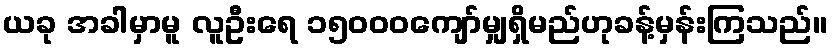
ယခု အခါမှာမူ လူဦးရေ ၁၅၀၀၀ကျော်မျှရှိမည်ဟုခန့်မှန်းကြသည်။